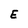
Character: E